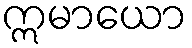
ဣမာယော